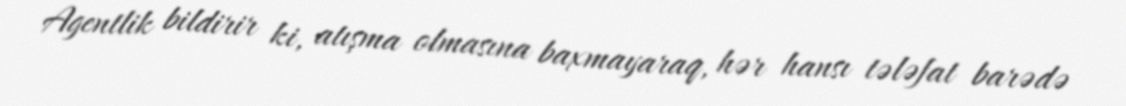
Agentlik bildirir ki, atışma olmasına baxmayaraq, hər hansı tələfat barədə